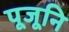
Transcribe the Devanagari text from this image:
पूजूनि